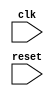
module timing_control_sync(
    input wire clk,
    input wire reset,
    // Add input/output ports for interfacing with external devices/networks
    
    // Add error detection and correction features
    
    // Add mechanisms for adjusting timing parameters
    
    // Implement synchronization and distribution of clock signals
);

    // Implement code for generating and distributing clock signals
    
    // Implement code for handling synchronization and timing control
    
    // Add code for error detection and correction
    
    // Add code for adjusting timing parameters
    
endmodule